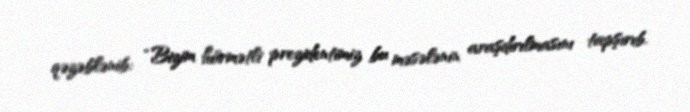
qəzəblənib: “Bizim hörmətli prezidentimiz bu məsələnin araşdırılmasını tapşırıb.